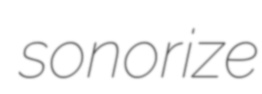
sonorize